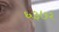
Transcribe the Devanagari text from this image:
६३७२